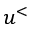
u ^ { < }